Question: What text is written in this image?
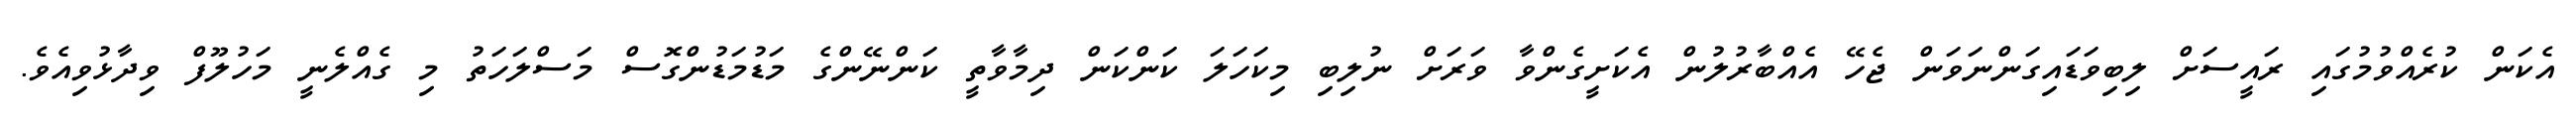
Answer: އެކަން ކުރެއްވުމުގައި ރައީސަށް ލިބިވަޑައިގަންނަވަން ޖެހޭ އެއްބާރުލުން އެކަށީގެންވާ ވަރަށް ނުލިބި މިކަހަލަ ކަންކަން ދިމާވާތީ ކަންނޭންގެ މަޑުމަޑުންގޮސް މަސްލަހަތު މި ގެއްލެނީ މަހުލޫފް ވިދާޅުވިއެވެ.